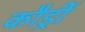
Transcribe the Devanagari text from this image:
कौर्ड्री